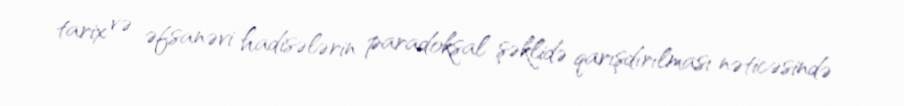
tarix və əfsanəvi hadisələrin paradoksal şəklidə qarışdırılması nəticəsində